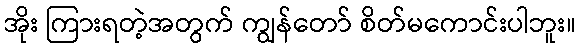
အိုး ကြားရတဲ့အတွက် ကျွန်တော် စိတ်မကောင်းပါဘူး။